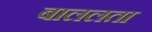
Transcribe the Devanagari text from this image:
बाललता